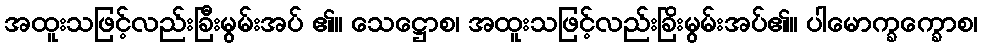
အထူးသဖြင့်လည်းခြီးမွမ်းအပ် ၏။ သေဋ္ဌောစ၊ အထူးသဖြင့်လည်းခြိးမွမ်းအပ်၏။ ပါမောက္ခက္ခောစ၊